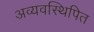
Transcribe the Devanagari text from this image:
अव्यवस्थिपित